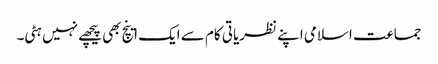
جماعت اسلامی اپنے نظریاتی کام سے ایک اینچ بھی پیچھے نہیں ہٹی۔